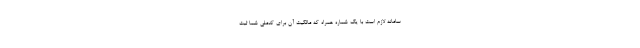
سامانه لازم است با یک شماره همراه که مالکیت آن برای کدملی شما ثبت